Annual report on the Civil Veterinary Department, Burma (including the Insein Veterinary School) - 1932-1941
Year: 1932
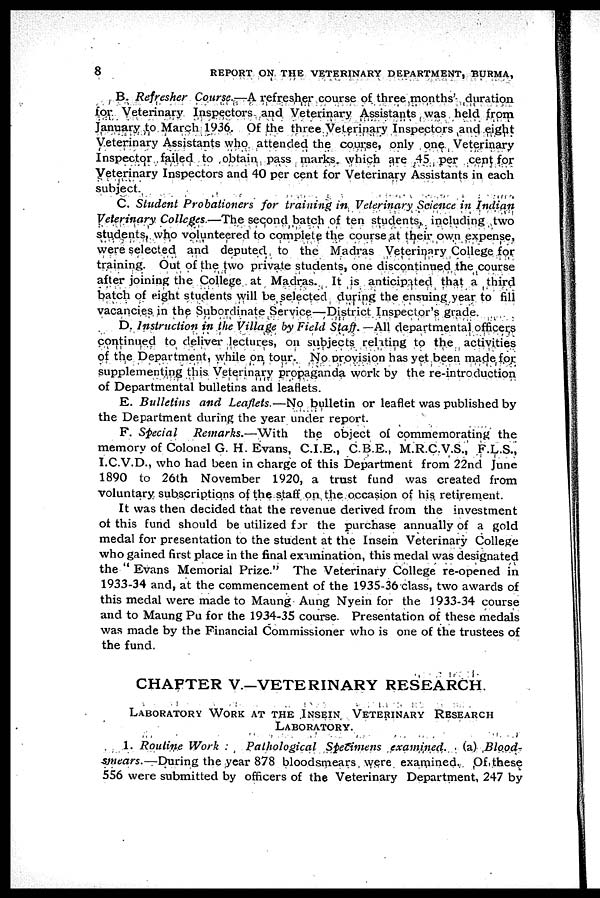
8
REPORT ON THE VETERINARY DEPARTMENT, BURMA,
B. Refresher Course.—A refresher course of three months' duration
for Veterinary Inspectors and Veterinary Assistants was held from
January to March 1936. Of the three Veterinary Inspectors and eight
Veterinary Assistants who attended the course, only one Veterinary
Inspector failed to obtain pass marks which are 45 per cent for
Veterinary Inspectors and 40 per cent for Veterinary Assistants in each
subject.
C. Student Probationers for training in Veterinary Science in Indian
Veterinary Colleges—The second batch of ten students, including two
students, who volunteered to complete the course at their own expense,
were selected and deputed to the Madras Veterinary College for
training. Out of the two private students, one discontinued the course
after joining the College at Madras. It is anticipated that a third
batch of eight students will be selected during the ensuing year to fill
vacancies in the Subordinate Service—District Inspector's grade.
D. Instruction in the Village by Field Staff. —All departmental officers
continued to deliver lectures, on subjects relating to the activities
of the Department, while on tour. No provision has yet been made for
supplementing this Veterinary propaganda work by the re-introduction
of Departmental bulletins and leaflets.
E. Bulletins
and Leaflets.—No bulletin or leaflet was published by
the Department during the year under report.
F. Special
Remarks.—With
the object of commemorating the
memory of Colonel G. H. Evans, C.I.E., C.B.E., M.R.C.V.S., F.L.S.,
I.C.V.D., who had been in charge of this Department from 22nd June
1890 to 26th November 1920, a trust fund was created from
voluntary subscriptions of the staff on the occasion of his retirement.
It was then decided that the revenue derived from the investment
of this fund should be utilized for the purchase annually of a gold
medal for presentation to the student at the Insein Veterinary College
who gained first place in the final examination, this medal was designated
the " Evans Memorial Prize." The Veterinary College re-opened in
1933-34 and, at the commencement of the 1935-36 class, two awards of
this medal were made to Maung Aung Nyein for the 1933-34 course
and to Maung Pu for the 1934-35 course. Presentation of these medals
was made by the Financial Commissioner who is one of the trustees of
the fund.
CHAPTER V.—VETERINARY RESEARCH.
LABORATORY WORK AT THE INSEIN VETERINARY RESEARCH
LABORATORY.
1. Routine Work : Pathological
Specimens examined. (a) Blood-
smears.—During
the year 878 bloodsmears were examined. Of these
556 were submitted by officers of the Veterinary Department, 247 by